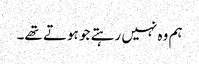
ہم وہ نہیں رہتے جو ہوتے تھے۔